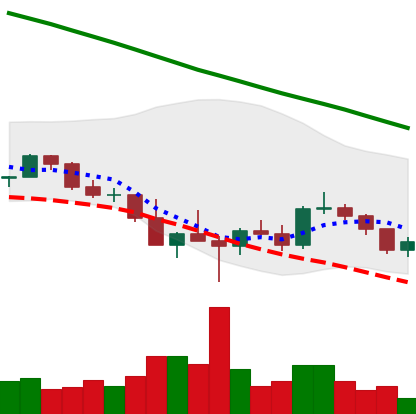
Ticker: ADA-USD
Chart end date: 2022-03-05
Forward return: -6.857%
Label: down_5_7